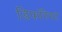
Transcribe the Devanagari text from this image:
डिफॉरेस्ट